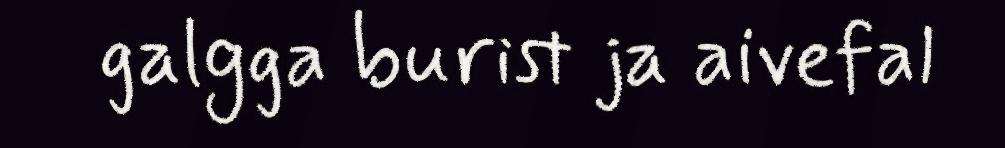
galgga burist ja aivefal